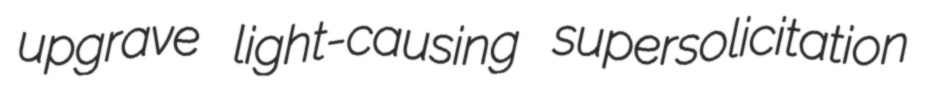
upgrave light-causing supersolicitation